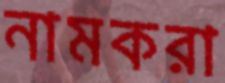
নামকরা